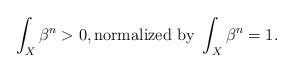
LaTeX: \begin{align*}\int_X \beta^n >0, \mbox{normalized by } \int_X \beta^n =1.\end{align*}